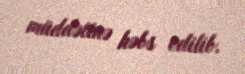
müddətinə həbs edilib.